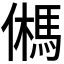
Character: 𩢮